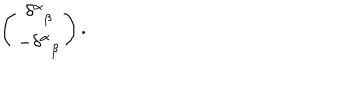
LaTeX: \left( \begin{array} { c } { { \delta _ { \; \; \beta } ^ { \alpha } } } \\ { { - \delta _ { \; \; \beta } ^ { \alpha } } } \\ \end{array} \right) .